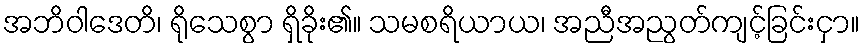
အဘိဝါဒေတိ၊ ရိုသေစွာ ရှိခိုး၏။ သမစရိယာယ၊ အညီအညွတ်ကျင့်ခြင်းငှာ။